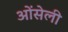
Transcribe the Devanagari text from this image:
ओंसेली